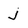
Character: j